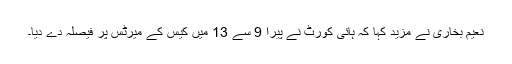
نعیم بخاری نے مزید کہا کہ ہائی کورٹ نے پیرا 9 سے 13 میں کیس کے میرٹس پر فیصلہ دے دیا۔